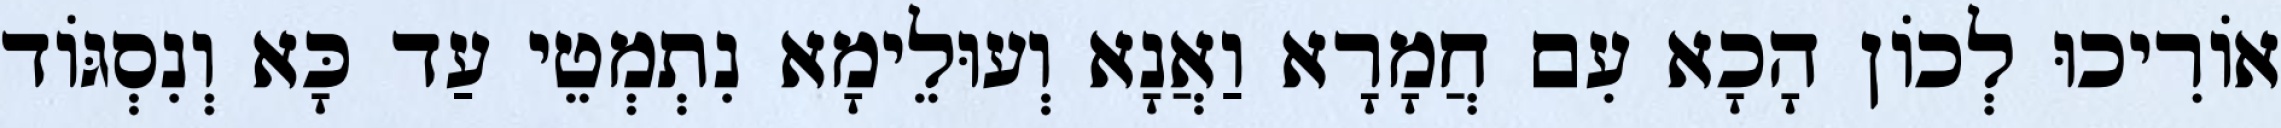
אוֹרִיכוּ לְכוֹן הָכָא עִם חֲמָרָא וַאֲנָא וְעוּלֵימָא נִתְמְטֵי עַד כָּא וְנִסְגּוֹד